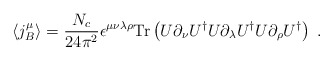
\begin{align*}\langle j_B^\mu\rangle = \frac{N_c}{24 \pi^2} \epsilon^{\mu\nu\lambda\rho} \mbox{Tr} \left( U\partial_{\nu} U^{\dagger} U\partial_{\lambda} U^{\dagger} U\partial_{\rho} U^{\dagger} \right)\;.\end{align*}